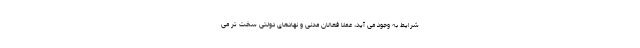
شرایط به وجود می آید، عملا فعالان مدنی و نهادهای دولتی سخت تر می